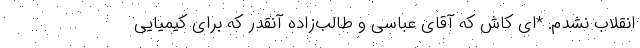
انقلاب نشدم. *ای کاش که آقای عباسی و طالب‌زاده آنقدر که برای کیمیایی